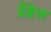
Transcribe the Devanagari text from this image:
उँड़ेल